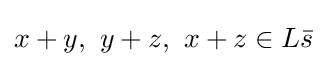
x+y,\ y+z,\ x+z\in L{\bar {s}}